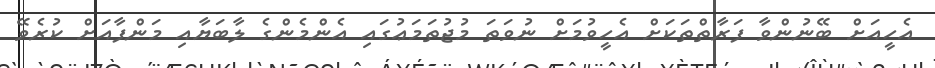
އެހީއަށް ބޭނުންވާ ފަރާތްތަކަށް އެހީވުމަށް ނުވަތަ މުޖުތަމަޢުގައި އެންމެންގެ ލާބަޔާއި މަންފާއަށް ކުރެވޭ